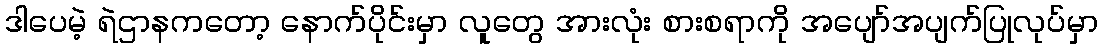
ဒါပေမဲ့ ရဲဌာနကတော့ နောက်ပိုင်းမှာ လူတွေ အားလုံး စားစရာကို အပျော်အပျက်ပြုလုပ်မှာ